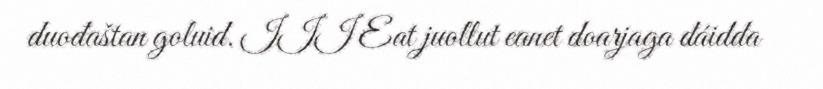
duođaštan goluid. III Eat juollut eanet doarjaga dáidda